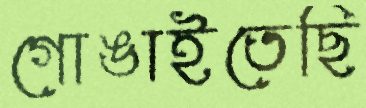
গোঙাইতেছি